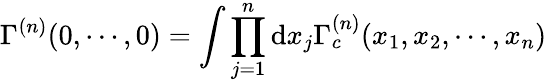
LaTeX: \Gamma^{(n)}(0,\cdots,0)=\int\prod_{j=1}^{n}\mathrm{d}x_{j}\Gamma_{c}^{(n)}(x_{1},x_{2},\cdots,x_{n})